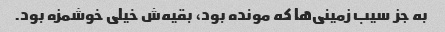
به جز سیب زمینی‌ها که مونده بود، بقیه‌ش خیلی خوشمزه بود.